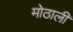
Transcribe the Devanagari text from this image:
मोठालीं